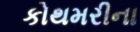
કોથમરીના